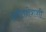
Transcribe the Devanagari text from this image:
संगीतक्षेत्राशी